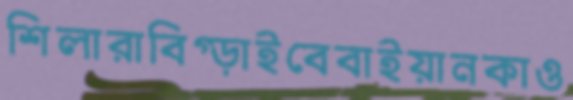
শিলারাবিগ্‌ড়াইবেবাইয়ানকাও